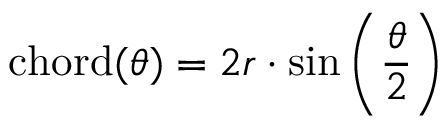
\operatorname { c h o r d } ( \theta ) = 2 r \cdot \sin \left( { \frac { \theta } { 2 } } \right)